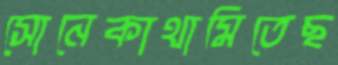
সোনেকাথামিতেছ